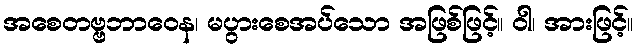
အစေတဗ္ဗဘာဝေန၊ မပွားစေအပ်သော အဖြစ်ဖြင့်။ ဝါ၊ အားဖြင့်။